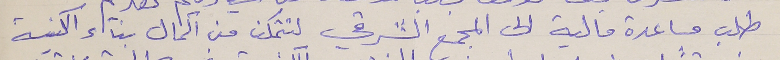
طلب مساعدة مالية الى المجمع الشرقي لتتمكن من اكمال بناء الكنيسة